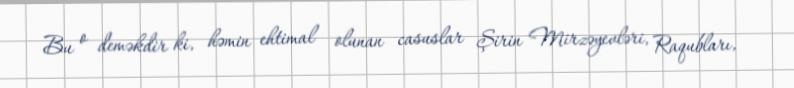
Bu o deməkdir ki, həmin ehtimal olunan casuslar Şirin Mirzəyevləri, Raqubları,